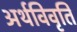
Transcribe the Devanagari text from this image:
अर्थविवृति